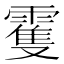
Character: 䨥